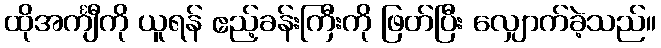
ထိုအင်္ကျီကို ယူရန် ဧည့်ခန်းကြီးကို ဖြတ်ပြီး လျှောက်ခဲ့သည်။